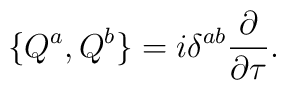
\{ Q^a , Q^b \} = i\delta^{ab}\frac{\partial}{\partial\tau}.